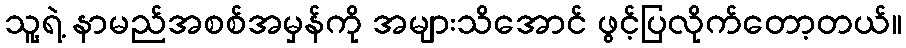
သူ့ရဲ့ နာမည်အစစ်အမှန်ကို အများသိအောင် ဖွင့်ပြလိုက်တော့တယ်။